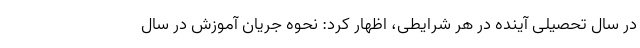
در سال تحصیلی آینده در هر شرایطی، اظهار کرد: نحوه جریان آموزش در سال